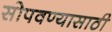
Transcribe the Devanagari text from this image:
सोपवण्यासाठी